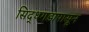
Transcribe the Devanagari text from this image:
सिद्धगडापासून